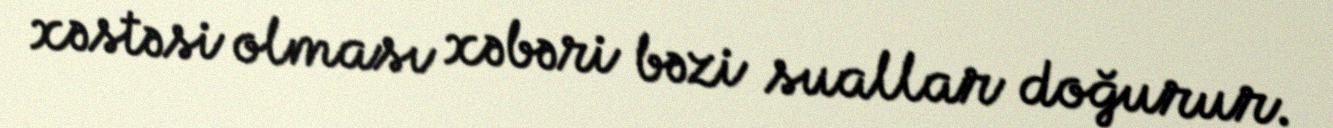
xəstəsi olması xəbəri bəzi suallar doğurur.